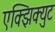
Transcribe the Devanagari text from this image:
एक्झिक्युट